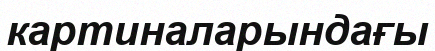
картиналарындағы